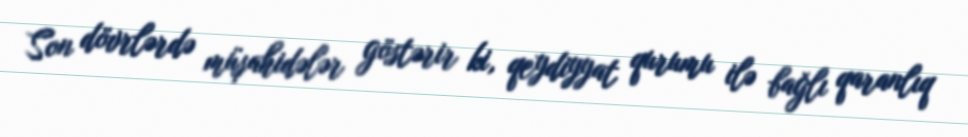
Son dövrlərdə müşahidələr göstərir ki, qeydiyyat qurumu ilə bağlı qaranlıq